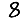
Digit: 8